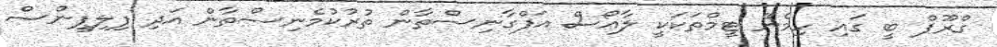
ގްރޫޕް ބީ ގައި ހިމެނޭ ޓީމްތަކަކީ ލާއޯސް އަފްގާނިސްތާން ތުރުކުމެނިސްތާން އަދި ފިލިޕީންސް